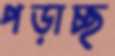
পড়াচ্ছ